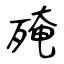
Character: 殗